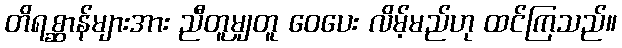
တိရစ္ဆာန်များအား ညီတူမျှတူ ဝေပေး လိမ့်မည်ဟု ထင်ကြသည်။